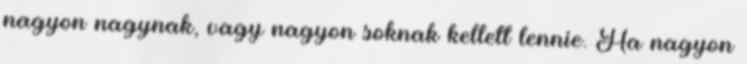
nagyon nagynak, vagy nagyon soknak kellett lennie. Ha nagyon